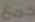
جمع